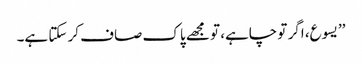
’’یسوع، اگر تو چاہے، تو مجھے پاک صاف کر سکتا ہے۔